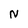
Character: N